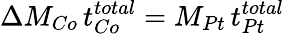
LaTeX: \Delta M_{Co}\, t_{Co}^{total}=M_{Pt}\, t_{Pt}^{total}